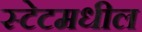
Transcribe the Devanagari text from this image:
स्टेटमधील